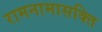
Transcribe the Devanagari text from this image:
रामनामासक्ति